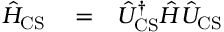
\begin{array} { r l r } { \hat { H } _ { \mathrm { C S } } } & { { } = } & { \hat { U } _ { \mathrm { C S } } ^ { \dagger } \hat { H } \hat { U } _ { \mathrm { C S } } } \end{array}